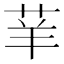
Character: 𦭵